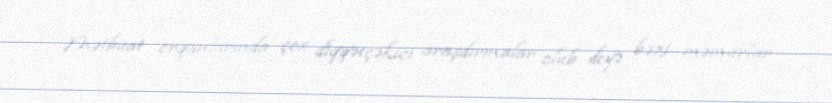
Mətbuat orqanlarında çox diqqətçəkici araşdırmalar olub deyə bəzi məmurlar